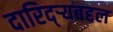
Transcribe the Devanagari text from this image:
दारिद्‌र्‍यबद्दल